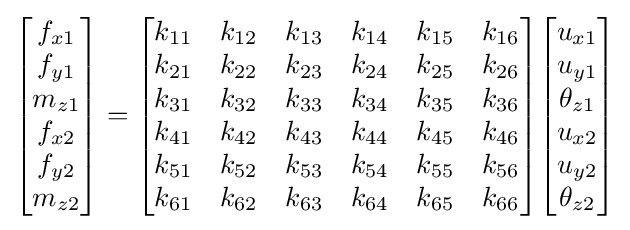
{\begin{bmatrix}f_{x1}\\f_{y1}\\m_{z1}\\f_{x2}\\f_{y2}\\m_{z2}\\\end{bmatrix}}={\begin{bmatrix}k_{11}&k_{12}&k_{13}&k_{14}&k_{15}&k_{16}\\k_{21}&k_{22}&k_{23}&k_{24}&k_{25}&k_{26}\\k_{31}&k_{32}&k_{33}&k_{34}&k_{35}&k_{36}\\k_{41}&k_{42}&k_{43}&k_{44}&k_{45}&k_{46}\\k_{51}&k_{52}&k_{53}&k_{54}&k_{55}&k_{56}\\k_{61}&k_{62}&k_{63}&k_{64}&k_{65}&k_{66}\\\end{bmatrix}}{\begin{bmatrix}u_{x1}\\u_{y1}\\\theta _{z1}\\u_{x2}\\u_{y2}\\\theta _{z2}\\\end{bmatrix}}